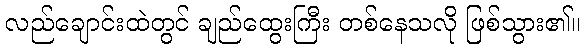
လည်ချောင်းထဲတွင် ချည်ထွေးကြီး တစ်နေသလို ဖြစ်သွား၏။